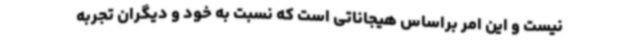
نیست و این امر براساس هیجاناتی است که نسبت به خود و دیگران تجربه